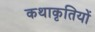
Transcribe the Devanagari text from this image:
कथाकृतियों